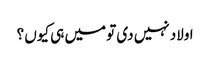
اولاد نہیں دی تو میں ہی کیوں ؟